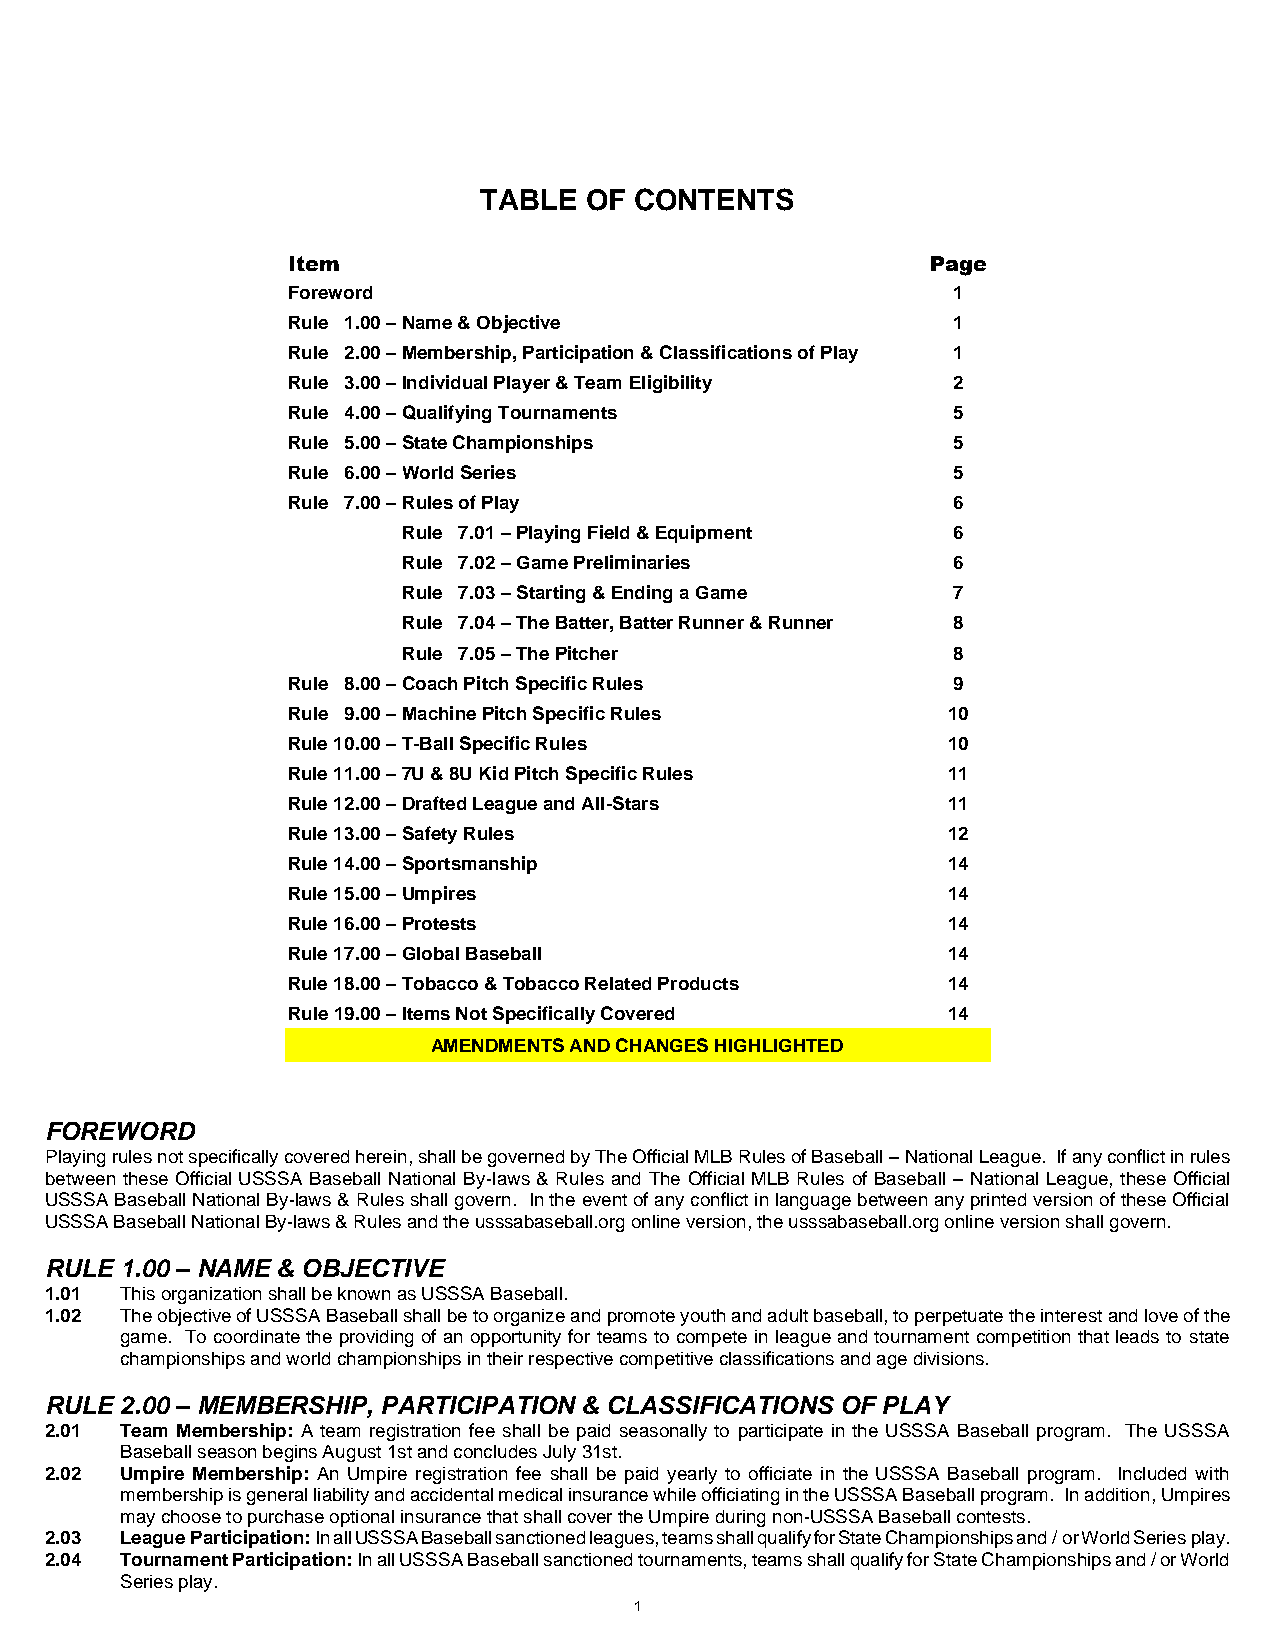
TABLE  OF CONTENTS
 Item                                       Page
 Foreword                                    1
 Rule 1.00 – Name & Objective                1
 Rule 2.00 – Membership, Participation & Classifications of Play 1
 Rule 3.00 – Individual Player & Team Eligibility 2
 Rule 4.00 – Qualifying Tournaments          5
 Rule 5.00 – State Championships             5
 Rule 6.00 – World Series                    5
 Rule 7.00 – Rules of Play                   6
 Rule 7.01 – Playing Field & Equipment 6
 Rule 7.02 – Game Preliminaries      6
 Rule 7.03 – Starting & Ending a Game 7
 Rule 7.04 – The Batter, Batter Runner & Runner 8
 Rule 7.05 – The Pitcher             8
 Rule 8.00 – Coach Pitch Specific Rules      9
 Rule 9.00 – Machine Pitch Specific Rules    10
 Rule 10.00 – T-Ball Specific Rules          10
 Rule 11.00 – 7U & 8U Kid Pitch Specific Rules 11
 Rule 12.00 – Drafted League and All-Stars   11
 Rule 13.00 – Safety Rules                   12
 Rule 14.00 – Sportsmanship                  14
 Rule 15.00 – Umpires                        14
 Rule 16.00 – Protests                       14
 Rule 17.00 – Global Baseball                14
 Rule 18.00 – Tobacco & Tobacco Related Products 14
 Rule 19.00 – Items Not Specifically Covered 14
 AMENDMENTS AND CHANGES HIGHLIGHTED
 FOREWORD
 Playing rules not specifically covered herein, shall be governed by The Official MLB Rules of Baseball – National League. If any conflict in rules
 between these Official USSSA Baseball National By-laws & Rules and The Official MLB Rules of Baseball – National League, these Official
 USSSA Baseball National By-laws & Rules shall govern. In the event of any conflict in language between any printed version of these Official
 USSSA Baseball National By-laws & Rules and the usssabaseball.org online version, the usssabaseball.org online version shall govern.
 RULE 1.00 – NAME & OBJECTIVE
 1.01 This organization shall be known as USSSA Baseball.
 1.02 The objective of USSSA Baseball shall be to organize and promote youth and adult baseball, to perpetuate the interest and love of the
 game. To coordinate the providing of an opportunity for teams to compete in league and tournament competition that leads to state
 championships and world championships in their respective competitive classifications and age divisions.
 RULE 2.00 – MEMBERSHIP, PARTICIPATION & CLASSIFICATIONS OF PLAY
 2.01 Team Membership: A team registration fee shall be paid seasonally to participate in the USSSA Baseball program. The USSSA
 Baseball season begins August 1st and concludes July 31st.
 2.02 Umpire Membership: An Umpire registration fee shall be paid yearly to officiate in the USSSA Baseball program. Included with
 membership is general liability and accidental medical insurance while officiating in the USSSA Baseball program. In addition, Umpires
 may choose to purchase optional insurance that shall cover the Umpire during non-USSSA Baseball contests.
 2.03 League Participation: InallUSSSABaseballsanctionedleagues,teamsshallqualifyforStateChampionshipsand / orWorldSeries play.
 2.04 Tournament Participation: In all USSSA Baseball sanctioned tournaments, teams shall qualify for State Championships and / or World
 Series play.
 1